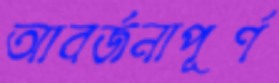
আবর্জনাপূর্ণ